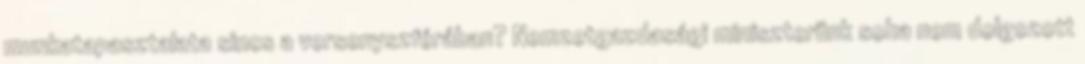
munkatapasztalata sincs a versenyszférában? Nemzetgazdasági miniszterünk soha nem dolgozott